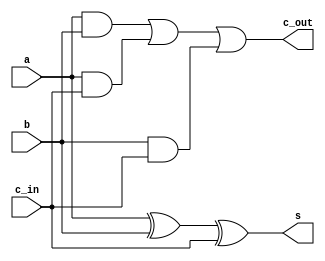
module full_adder (a, b, c_in, s, c_out);
  // ----- port definitions -----
  input a, b, c_in;
  output s, c_out;

  // ----- intermediate signals -----
  wire w1, w2, w3;

  // ----- design implementation -----
  and And1 (w1, a, b);
  and And2 (w2, a, c_in);
  and And3 (w3, b, c_in);
  or Or1 (c_out, w1, w2, w3);
  xor Xor1 (s, a, b, c_in);
endmodule